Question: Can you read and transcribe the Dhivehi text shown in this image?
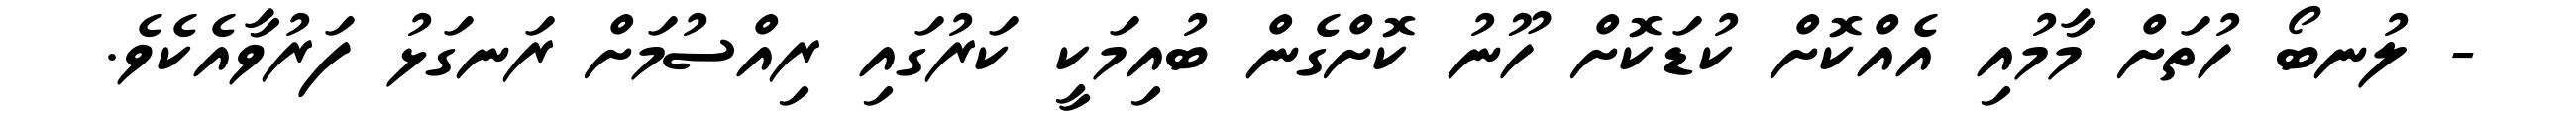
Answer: - ލުނބޯ ހުތަށް މާމުއި އެއްކޮށް ކުޑަކޮށް ހޫނު ކޮށްގެން ބުއިމަކީ ކަރުގައި ރިއްސުމަށް ރަނގަޅު ފަރުވާއެކެވެ.